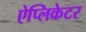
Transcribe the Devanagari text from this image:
ऐप्लिकेटर